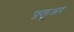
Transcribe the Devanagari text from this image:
फ़्लूअर